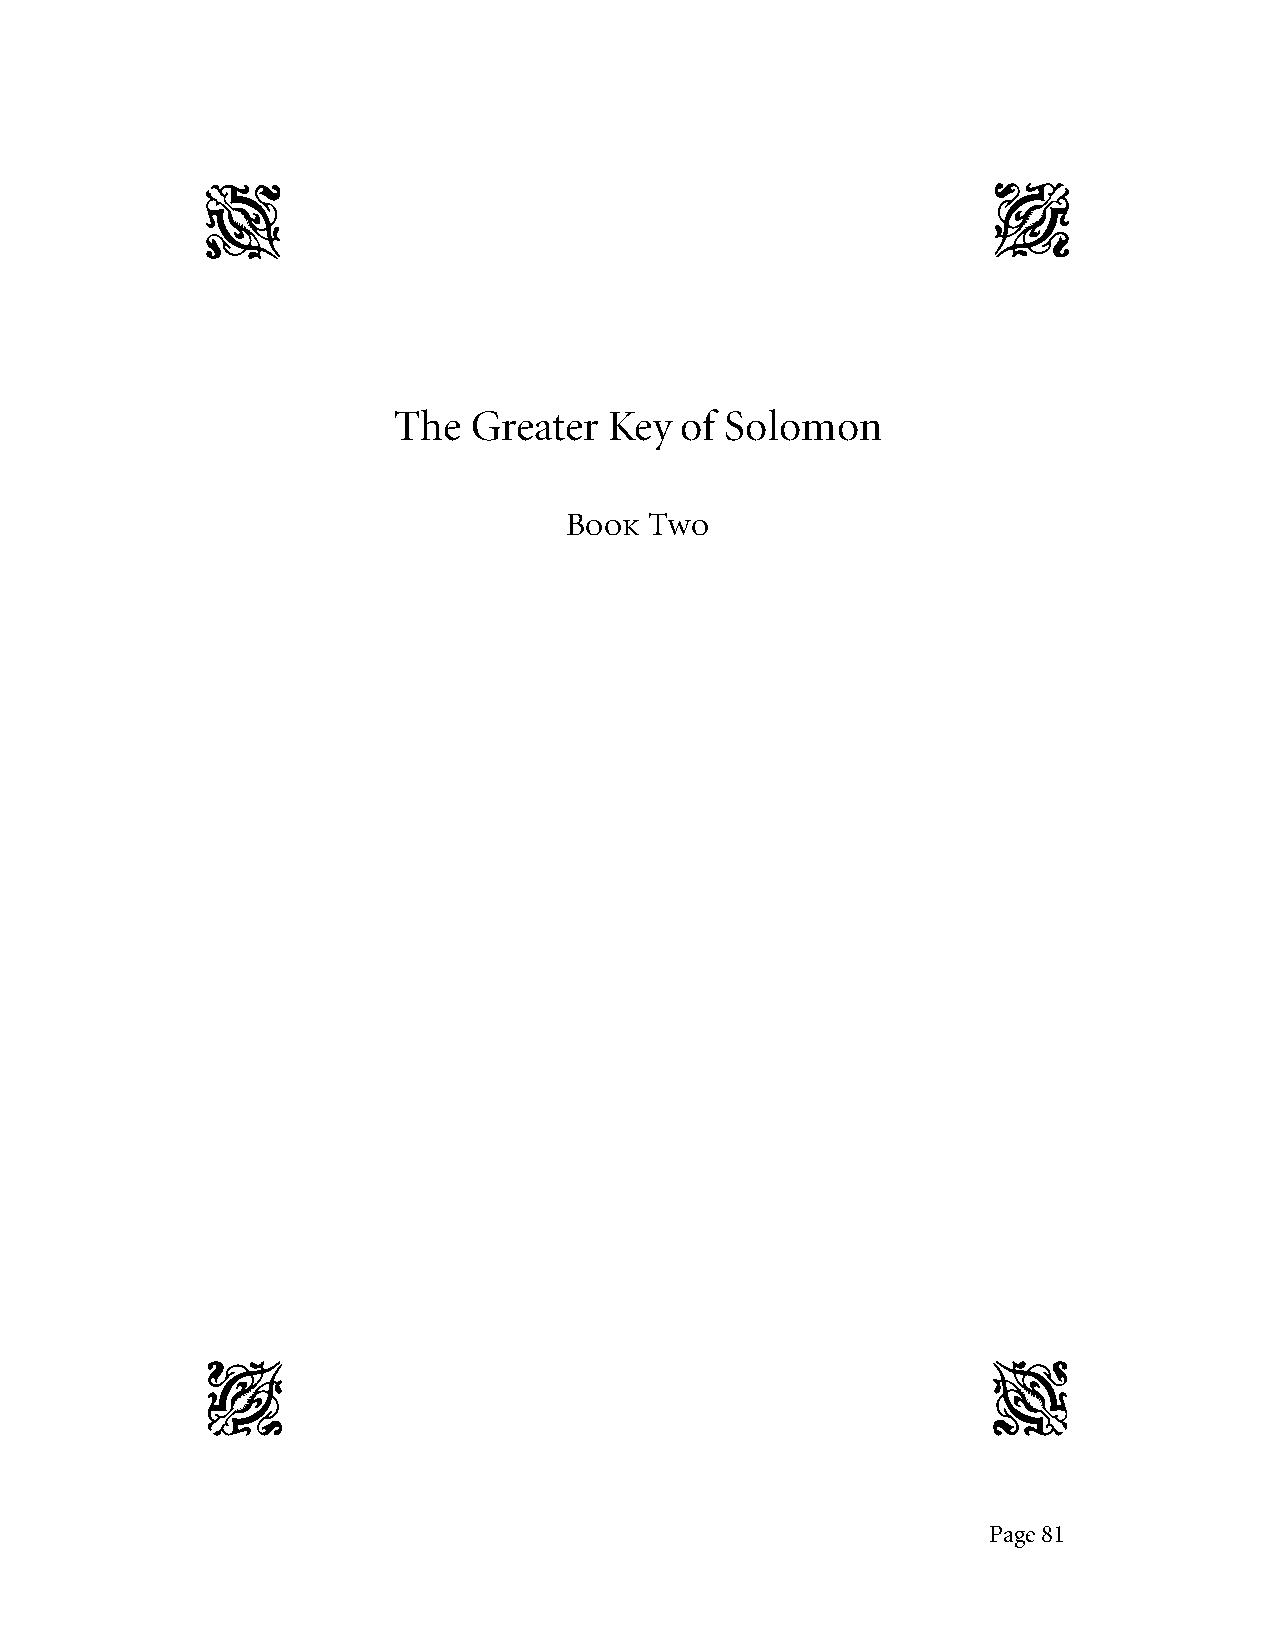
F                                                   A
 The  Greater  Key  of Solomon
 Book  Two
 f                                                   a
 Page 81